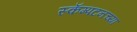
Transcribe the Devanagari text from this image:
स्कॅम्पटनच्या